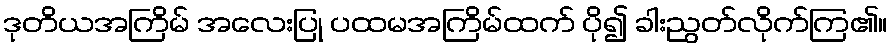
ဒုတိယအကြိမ် အလေးပြု ပထမအကြိမ်ထက် ပို၍ ခါးညွတ်လိုက်ကြ၏။